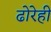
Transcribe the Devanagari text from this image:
ढोरेही